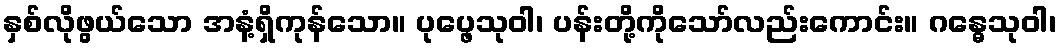
နှစ်လိုဖွယ်သော အနံ့ရှိကုန်သော။ ပုပ္ဖေသုဝါ၊ ပန်းတို့ကိုသော်လည်းကောင်း။ ဂန္ဓေသုဝါ၊